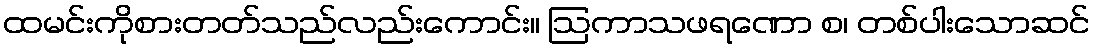
ထမင်းကိုစားတတ်သည်လည်းကောင်း။ ဩကာသဖရဏော စ၊ တစ်ပါးသောဆင်